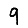
Digit: 9